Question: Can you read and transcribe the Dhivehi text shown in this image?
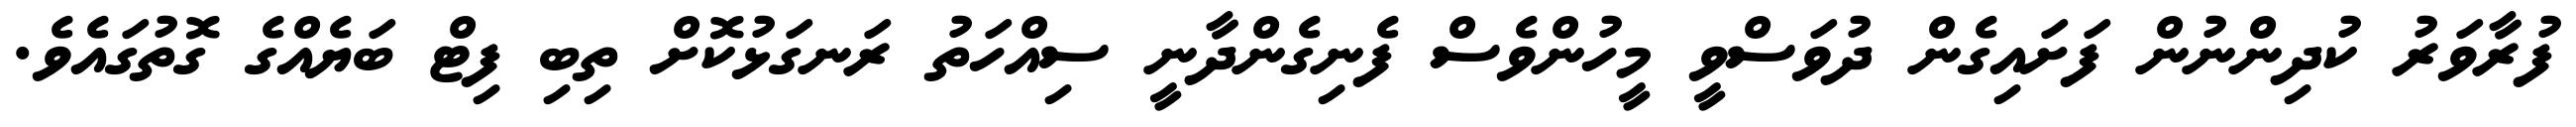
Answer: ފުރާވަރު ކުދިންނުން ފަށައިގެން ދުވަސްވީ މީހުންވެސް ފެނިގެންދާނީ ސިއްހަތު ރަނގަޅުކޮށް ތިބި ފިޓް ބަޔެއްގެ ގޮތުގައެވެ.